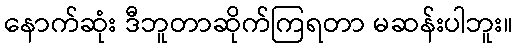
နောက်ဆုံး ဒီဘူတာဆိုက်ကြရတာ မဆန်းပါဘူး။